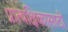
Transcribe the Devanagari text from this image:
प्रात्यक्षिकासाठी